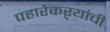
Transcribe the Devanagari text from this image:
पहारेकऱ्यांची